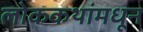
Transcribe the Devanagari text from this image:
लोककथांमधून